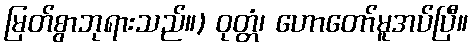
မြတ်စွာဘုရားသည်။) ဝုတ္တံ၊ ဟောတော်မူအပ်ပြီ။